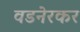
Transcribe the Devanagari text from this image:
वडनेरकर